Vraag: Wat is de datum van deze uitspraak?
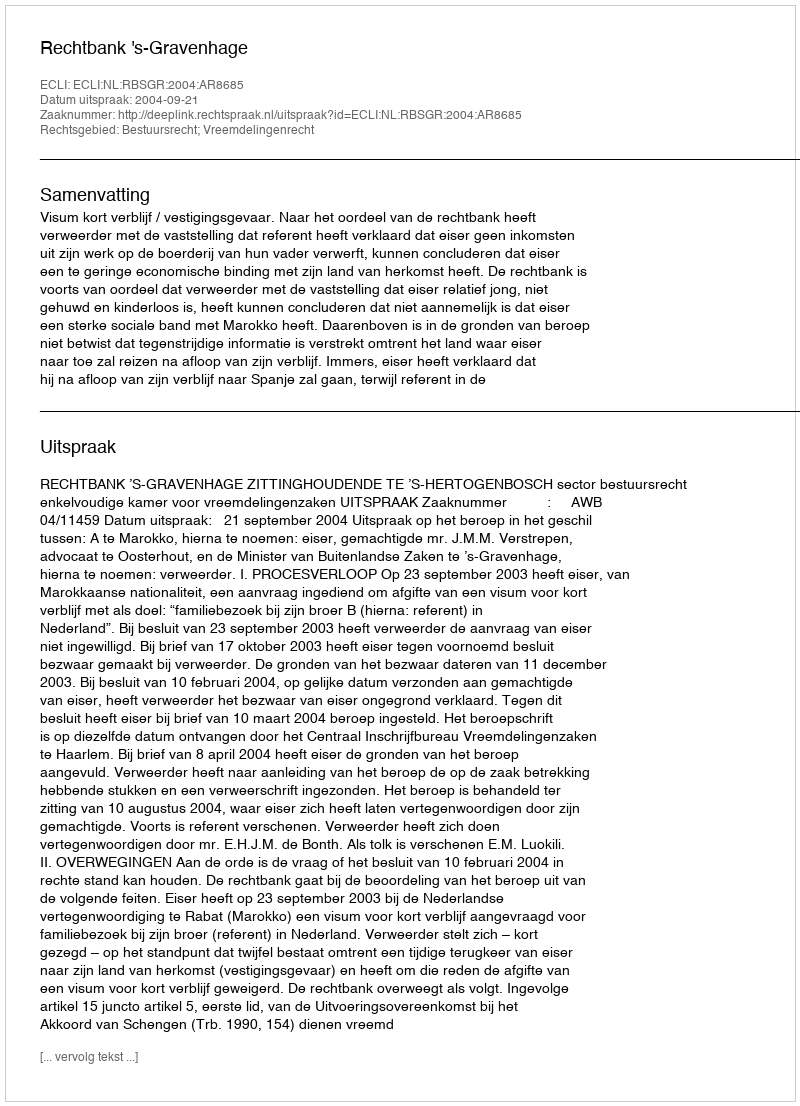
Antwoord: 2004-09-21